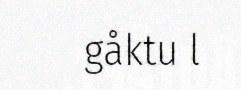
gåktu l